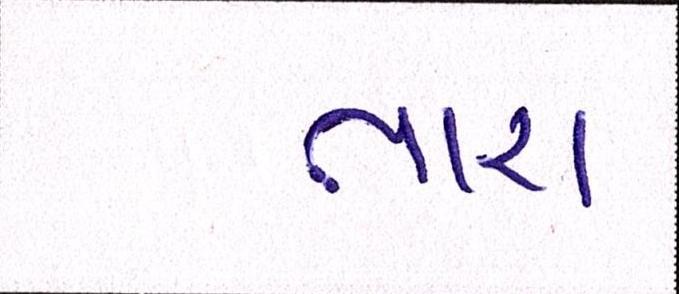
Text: તારા